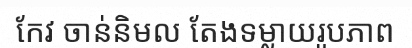
កែវ ចាន់និមល តែងទម្លាយរូបភាព